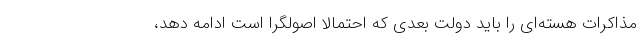
مذاکرات هسته‌ای را باید دولت بعدی که احتمالا اصولگرا است ادامه دهد،